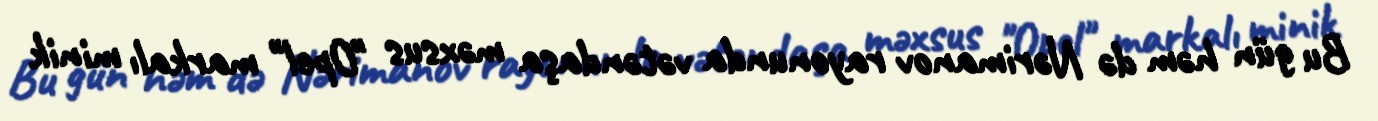
Bu gün həm də Nərimanov rayonunda vətəndaşa məxsus "Opel" markalı minik